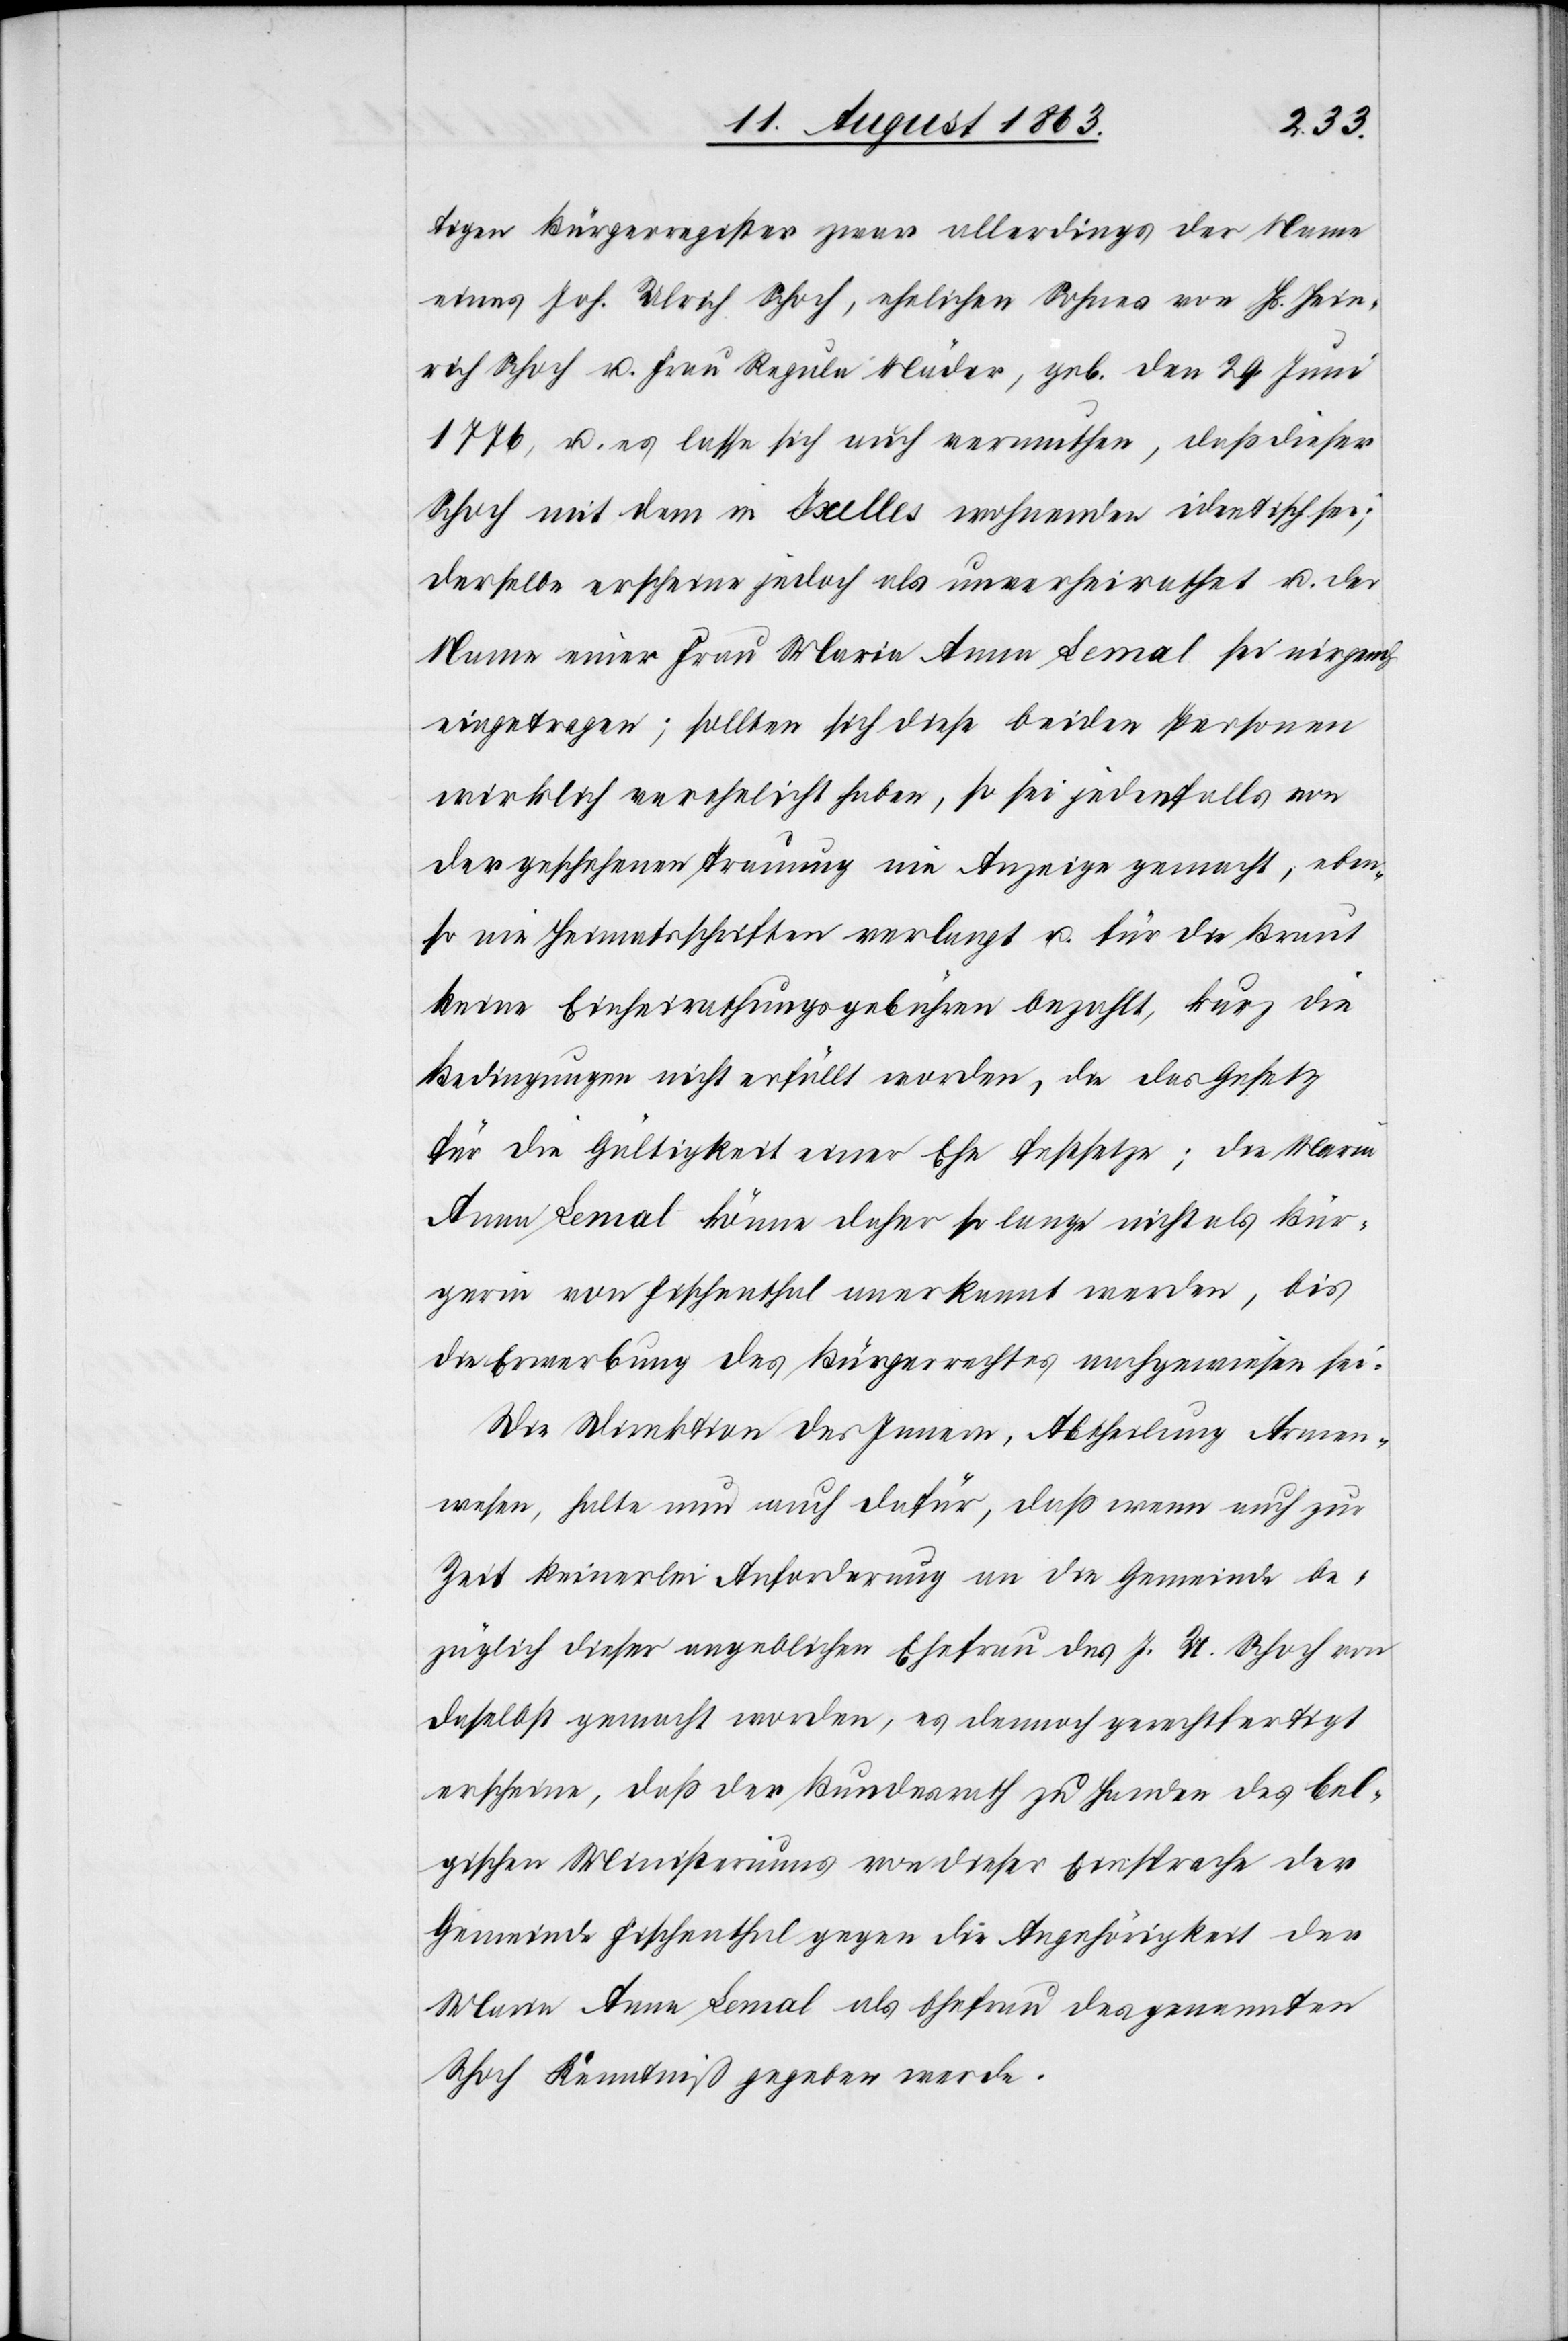
tigen Bürgerregister zwar allerdings der Name
eines Joh. Ulrich Schoch, ehelichen Sohnes von Hs. Hein¬
rich Schoch u. Frau Regula Mäder, geb. den 29. Juni
1776, u. es lasse sich auch vermuthen, daß dieser
Schoch mit dem in Ixelles wohnenden identisch sei;
derselbe erscheine jedoch als unverheirathet u. der
Name einer Frau Maria Anna Lemal sei nirgends
eingetragen; sollten sich diese beiden Personen
wirklich verehelicht haben, so sei jedenfalls von
der geschehenen Trauung nie Anzeige gemacht, eben¬
so nie Heimatsschriften verlangt u. für die Braut
keine Einheirathungsgebühren bezahlt, kurz die
Bedingungen nicht erfüllt worden, die das Gesetz
für die Gültigkeit einer Ehe festsetze; die Maria
Anna Lemal könne daher so lange nicht als Bür¬
gerin von Fischenthal anerkannt werden, bis
die Erwerbung des Bürgerrechtes nachgewiesen sei.“
Die Direktion des Innern, Abtheilung Armen¬
wesen, halte nun auch dafür, daß wenn auch zur
Zeit keinerlei Anforderung an die Gemeinde be¬
züglich dieser angeblichen Ehefrau des J. U. Schoch von
daselbst gemacht werden, es dennoch gerechtfertigt
erscheine, daß der Bundesrath zu Handen des bel¬
gischen Ministeriums von dieser Einsprache der
Gemeinde Fischenthal gegen die Angehörigkeit der
Maria Anna Lemal als Ehefrau des genannten
Schoch Kenntniß gegeben werde.